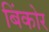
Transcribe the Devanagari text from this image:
बिंकोर